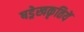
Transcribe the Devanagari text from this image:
षड्रेखकृतियें